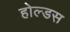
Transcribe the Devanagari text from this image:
होल्डस